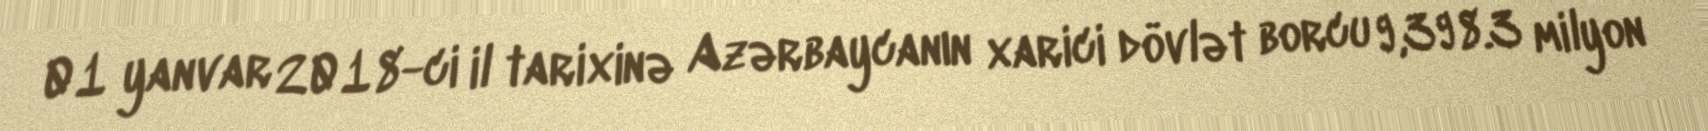
01 yanvar 2018-ci il tarixinə Azərbaycanın xarici dövlət borcu 9,398.3 milyon